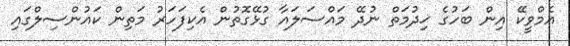
އެމްވީކޭ އިން ބަހުގެ ޚިދުމަތް ނުދޭ މައްސަލައާ ގުޅޭގޮތުން އެކިފަހަރު މަތިން ކައުންސިލްގައި